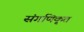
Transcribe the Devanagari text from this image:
संगणिकृत